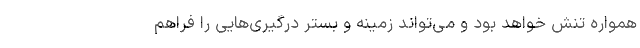
همواره تنش خواهد بود و می‌تواند زمینه و بستر درگیری‌هایی را فراهم